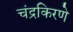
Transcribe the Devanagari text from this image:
चंद्रकिरणे